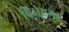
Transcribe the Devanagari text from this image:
पिठोरागड